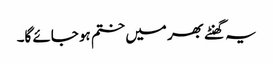
یہ گھنٹے بھر میں ختم ہو جائے گا۔